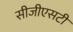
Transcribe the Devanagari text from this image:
सीजीएसटी